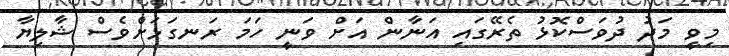
މިވީ މަދު ދުވަސްކޮޅު ތެރޭގައި އަނާން އަށް ވަނީ ހަމަ ރަނގަޅަށްވެސް ޝާލިޔާ